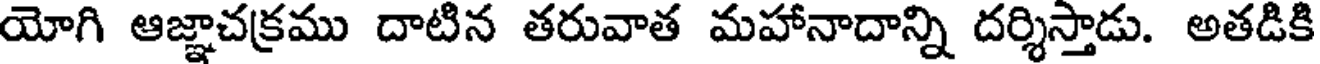
యోగి ఆజ్ఞాచక్రము దాటిన తరువాత మహానాదాన్ని దర్శిస్తాడు. అతడికి